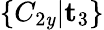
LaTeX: \{ C_{2\mathit{y}}|\mathbf{{t}}_{3}\}